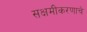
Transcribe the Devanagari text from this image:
सक्षमीकरणाचे